Annual report of the Punjab Veterinary College and of the Civil Veterinary Department, Punjab - 1926-1932
Year: 1926
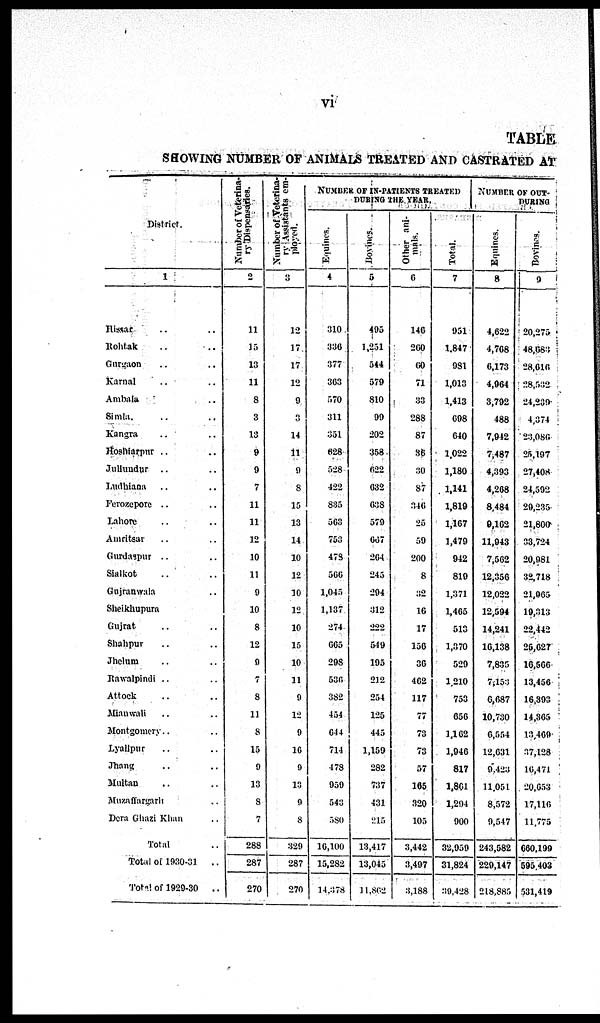
vi
TABLE
SHOWING NUMBER OF ANIMALS TREATED AND CASTRATED AT
District.
1
Hissar .. ..
Rohtak .. ..
Gurgaon .. ..
Karnal .. ..
Ambala . ..
Simla. .. ..
Kangra .. ..
Hoshiarpur .. ..
Jullundur .. ..
Ludhiana .. ..
Ferozepore .. ..
Lahore .. ..
Amritsar .. ..
Gurdaspur .. ..
Sialkot .. ..
Gujranwala ..
Sheikhupura
Gujrat .. ..
Shahpur .. ..
Jhelum .. ..
Rawalpindi .. ..
Attock .. ..
Mianwali .. ..
Montgomery .. ..
Lyallpur .. ..
Jhang .. ..
Multan .. ..
Muzaffargarh ..
Dera Ghazi Khan ..
Total
Total of 1930-31
..
Total of 1929-30
..
Number of Veterina-
ry Dispensaries.
2
11
15
13
11
8
3
13
9
9
7
11
11
12
10
11
9
10
8
12
9
7
8
11
8
15
9
13
8
7
288
287
270
Number of Veterina-
ry Assistants em-
ployed.
3
12
17
17
12
9
3
14
11
9
8
15
13
14
10
12
10
12
10
15
10
11
8
12
9
16
9
13
9
8
329
287
270
NUMBER OF IN-PATIENTS TREATED
DURING
THE
YEAR.
Equines.
4
310
336
377
363
570
311
351
628
528
422
835
563
753
478
566
1,045
1,137
274
665
298
536
382
454
644
714
478
959
543
580
10,100
15,282
14,378
Bovines.
5
495
1,251
544
579
810
99
202
358
622
632
638
579
667
264
245
294
312
222
549
195
212
254
125
445
1,159
282
737
431
215
13,417
13,045
11,862
Other ani-
mals.
6
146
200
60
71
33
288
87
36
30
87
346
25
59
200
8
32
16
17
156
36
462
117
77
73
73
57
165
320
105
3,442
3,497
3,188
Tot al .
7
951
1,847
981
1,013
1,413
698
640
1,022
1,180
1,141
1,819
1,167
1,479
942
819
1,371
1,465
513
1,370
529
1,210
753
656
1,102
1,946
817
1,861
1,294
900
32,959
31,824
39,428
NUMBER OF OUT-
DURING
Equines.
8
4,622
4,768
6,173
4,964
3,792
488
7,942
7,487
4,393
4,268
8,484
9,102
11,943
7,562
12,356
12,022
12,594
14,241
16,138
7,835
7,153
6,687
10,730
6,554
12,631
9,423
11,051
8,572
9,547
243,582
229,147
218,885
Bovines.
9
20,275
48,683
28,616
28,532
24,239
4,374
23,080
25,197
27,408
24,592
29,235
21,800
33,724
20,981
32,718
21,965
19,313
22,442
26,627
16,566
13,456
16,393
14,365
13,469
37,128
10,471
20,653
17,116
11,775
660,199
595,402
531,419